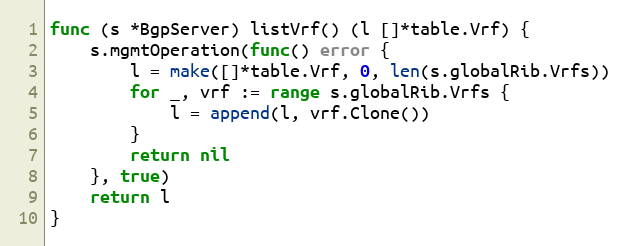
Language: Go
func (s *BgpServer) listVrf() (l []*table.Vrf) {
	s.mgmtOperation(func() error {
		l = make([]*table.Vrf, 0, len(s.globalRib.Vrfs))
		for _, vrf := range s.globalRib.Vrfs {
			l = append(l, vrf.Clone())
		}
		return nil
	}, true)
	return l
}